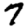
Digit: 7